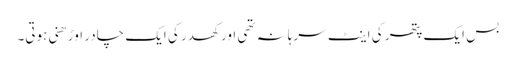
بس ایک پتھر کی اینٹ سرہانہ تھی اور کھدر کی ایک چادر اوڑھنی ہوتی۔